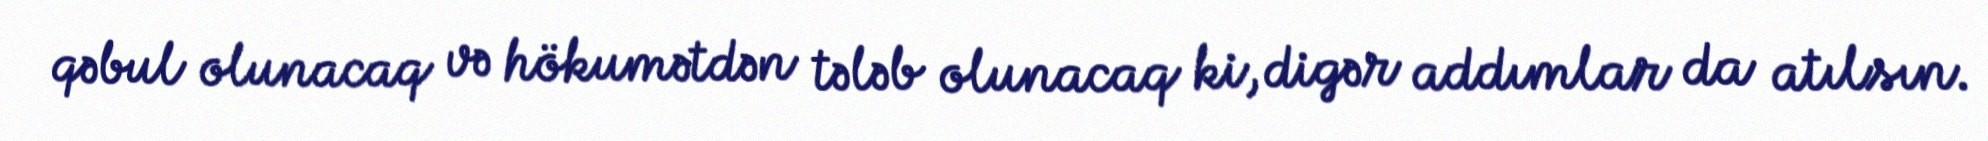
qəbul olunacaq və hökumətdən tələb olunacaq ki, digər addımlar da atılsın.